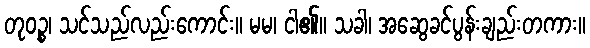
တုဝဉ္စ၊ သင်သည်လည်းကောင်း။ မမ၊ ငါ၏။ သခါ၊ အဆွေခင်ပွန်းချည်းတကား။